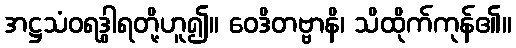
အဋ္ဌသံဝရဒွါရတို့ဟူ၍။ ဝေဒိတဗ္ဗာနိ၊ သိထိုက်ကုန်၏။